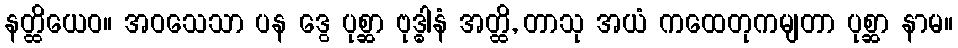
နတ္ထိယေဝ။ အဝသေသာ ပန ဒွေ ပုစ္ဆာ ဗုဒ္ဓါနံ အတ္ထိ, တာသု အယံ ကထေတုကမျတာ ပုစ္ဆာ နာမ။